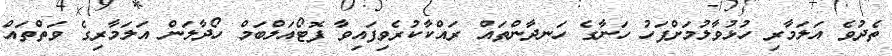
ތެދުވެ އަލަމާރި ހުޅުވާލުމަށްފަހު ހަނާގެ ހަނދާންތައް ރައްކާކުރެވިފައިވާ ފޮޓޯއަލްބަމް ހޯދާލަން އަލަމާރިގެ ވަތްތައް